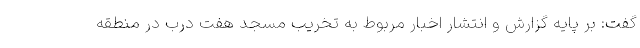
گفت: بر پایه گزارش و انتشار اخبار مربوط به تخریب مسجد هفت درب در منطقه